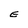
Character: E